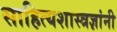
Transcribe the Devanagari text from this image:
साहित्यशास्त्रज्ञांनी